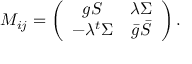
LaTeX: M _ { i j } = \left( \begin{array} { c c } { { g S } } & { { \lambda \Sigma } } \\ { { - \lambda { } ^ { t } \Sigma } } & { { \bar { g } \bar { S } } } \end{array} \right) .